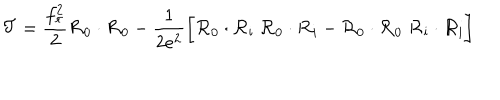
{ \cal T } = { \frac { f _ { \pi } ^ { 2 } } { 2 } } { \cal R } _ { 0 } \cdot { \cal R } _ { 0 } - { \frac { 1 } { 2 e ^ { 2 } } } \biggl [ { \cal R } _ { 0 } \cdot { \cal R } _ { \mathrm { i } } \; { \cal R } _ { 0 } \cdot { \cal R } _ { \mathrm { i } } - { \cal R } _ { 0 } \cdot { \cal R } _ { 0 } \; { \cal R } _ { \mathrm { i } } \cdot { \cal R } _ { \mathrm { i } } \biggr ]